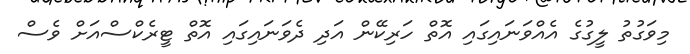
މިވަގުތު ލީގުގެ އެއްވަނައިގައި އޮތް ހަރިކޭން އަދި ދެވަނައިގައި އޮތް ޓީރެކްސްއަށް ވެސް